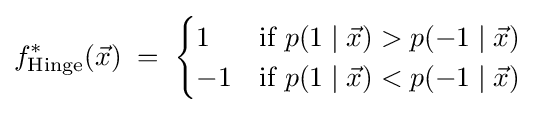
f_{\text{Hinge}}^{*}({\vec {x}})\;=\;{\begin{cases}1&{\text{if }}p(1\mid {\vec {x}})>p(-1\mid {\vec {x}})\\-1&{\text{if }}p(1\mid {\vec {x}})<p(-1\mid {\vec {x}})\end{cases}}